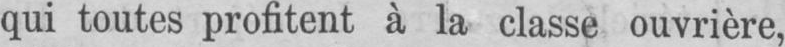
qui toutes profitent à la classe ouvrière,